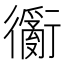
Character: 𲀢